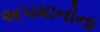
અપમાનોના